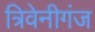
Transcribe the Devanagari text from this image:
त्रिवेनीगंज